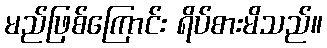
မည်ဖြစ်ကြောင်း ရိပ်စားမိသည်။